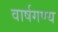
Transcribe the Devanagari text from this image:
वार्षगण्य